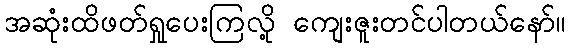
အဆုံးထိဖတ်ရှုပေးကြလို့ ကျေးဇူးတင်ပါတယ်နော်။